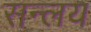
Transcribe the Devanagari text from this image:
सन्लय